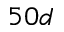
5 0 d